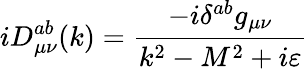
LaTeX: iD_{\mu\nu}^{ab}(k)=\frac{-i\delta^{ab}g_{\mu\nu}}{k^{2}-M^{2}+i\varepsilon}